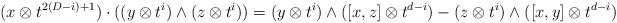
LaTeX: \begin{align*}(x\otimes t^{2(D-i)+1}) \cdot ((y \otimes t^i) \wedge (z \otimes t^i)) =(y \otimes t^i) \wedge ([x,z] \otimes t^{d-i}) - (z \otimes t^i) \wedge ([x,y] \otimes t^{d-i})\end{align*}